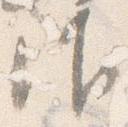
御